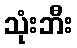
သုံးဘီး